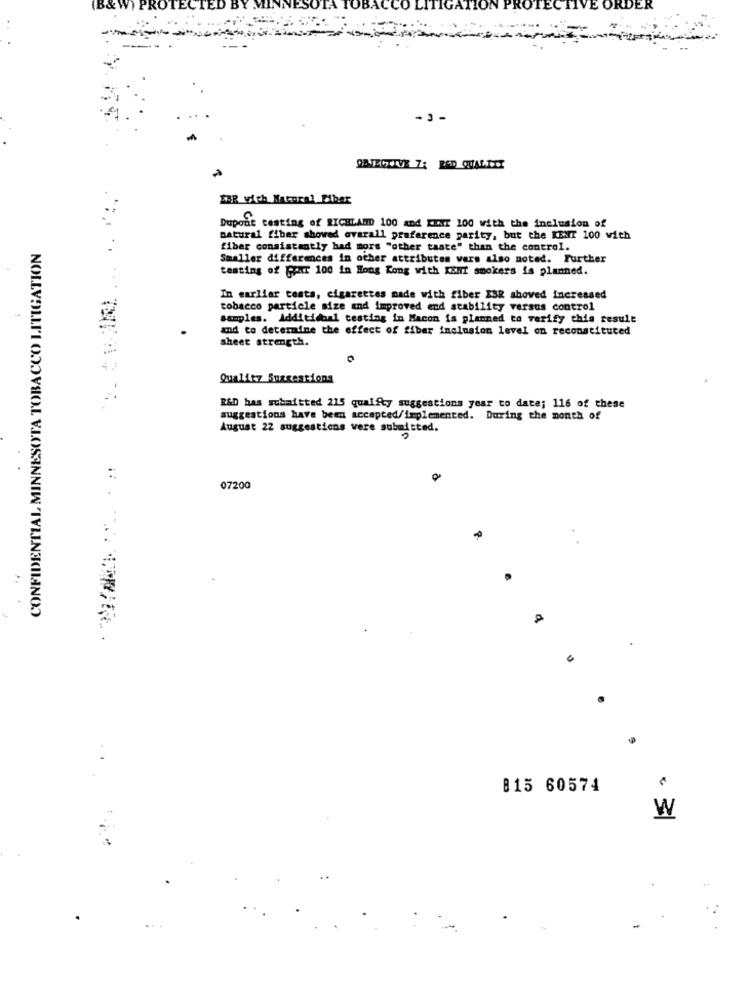
OBJECTIVE 7: RAD QUALITY
ZBR with Natural Eiber
Dupont testing of RICHLAND 100 and KIT 100 with the inclusion of
natural fiber showed overall preference parity, but the KENT 100 with
CONFIDENTIAL MINNESOTA TOBACCO LITIGATION
fiber consistently had more "other taste" than the control.
..
Smaller differences in other attributes wers also noted. Further
testing of Cair 100 in Hong Kong with KEIT smokers is planned.
In earlier tests, cigarettes made with fiber EBR shoved increased
tobacco particle size and improved end stability versus control
samples. Additional testing in Macon is planned to verify this result
and to determine the effect of fiber inclusion level on reconstituted
sheet strength.
Quality Suggestions
R&D has submitted 215 qualfty suggestions year to date; 116 of these
suggestions have been accepted/implemented. During the month of
August 22 suggestions vere submitted.
07200
815 60574
W